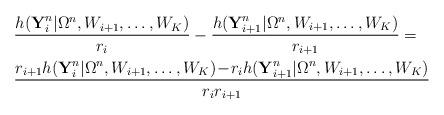
LaTeX: \begin{align*} &\frac{h(\textbf{Y}_i^n|\Omega^n,W_{i+1},\ldots,W_K)}{r_i}- \frac{h(\textbf{Y}_{i+1}^n|\Omega^n,W_{i+1},\ldots,W_K)}{r_{i+1}}=\\ &\frac{r_{i+1}h(\textbf{Y}_i^n|\Omega^n,W_{i+1},\ldots,W_K)\!-\!r_ih(\textbf{Y}_{i+1}^n|\Omega^n,W_{i+1},\ldots,W_K)}{r_ir_{i+1}}\end{align*}